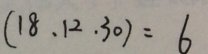
( 1 8 . 1 2 . 3 0 ) = 6